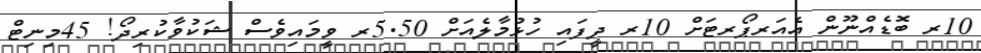
10ރ ބޮޑެއްނޫން އެއަރޕޯރޓަށް 10ރ ދީފައި ހުޅުމާލެއަށް 5.50ރ ވީމައިވެސް ޝަކުވާކުރިދޯ! 45މިނިޓް